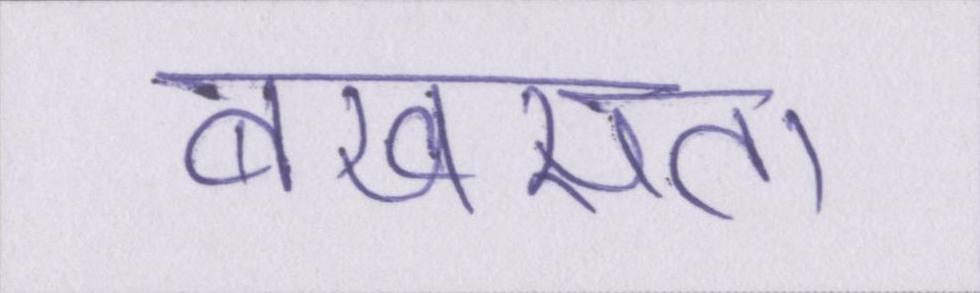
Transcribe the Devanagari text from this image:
बखसता।